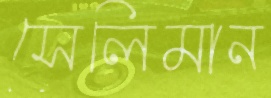
সেলিমান